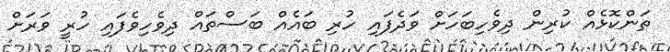
ތަންކޮޅެއް ކުރިން ދިވެހިބަހަށް ވަދެފައި ހުރި ބައެއް ބަސްތައް ދިވެހިވެފައި ހުރީ ވަރަށް